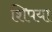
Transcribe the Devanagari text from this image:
शिपया